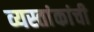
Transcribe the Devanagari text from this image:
व्यस्तांकांची